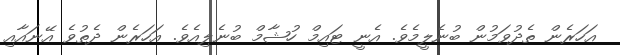
އަހަރެން ތެދުވަމުން ބުނެލީމެވެ. އެނީ ޓައިމް ހުޝާމް ބުނެލިއެވެ. އަހަރެން ދެތުވެ އޭނައާއި